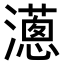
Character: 𤁬